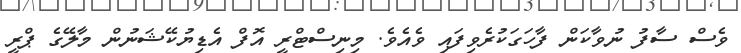
ވެސް ސާފު ނުވާކަން ފާހަގަކުރެވިފައި ވެއެވެ. މިނިސްޓްރީ އޮފް އެޑިޔުކޭޝަނުން މާލޭގެ ޕްރީ